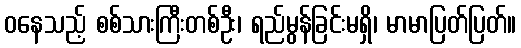
ဝနေသည့် စစ်သားကြီးတစ်ဦး၊ ရည်မွန်ခြင်းမရှိ၊ မာမာပြတ်ပြတ်။